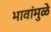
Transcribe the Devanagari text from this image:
भावांमुळे